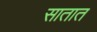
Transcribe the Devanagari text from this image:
सातात